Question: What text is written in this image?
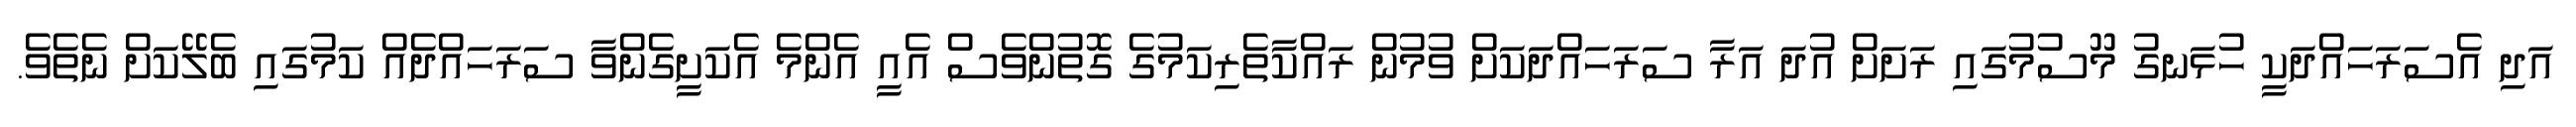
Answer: އަދި އެސަރަހައްދަކީ ހުޅަނގު މޫސުމުގައި ރަށަށް އުދަ އަރާ ސަރަހައްދަކަށް ވުމުން ރައްކާތެރިކަމުގެ ގޮތުންވެސް އެއީ އެންމެ އެކަށީގެންވާ ސަރަހައްދެއް ކަމުގައި ބެލޭކަށް ނެތެވެ.